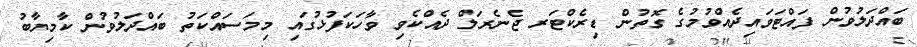
ބައްދަލުވުން ފައްޓަވައިދެއްވުމުގެ ގޮތުން ޑިރެކްޓަރ ޖެނެރަލް ދެއްކެވި ވާހަކަފުޅުގައި މިމަސައްކަތު ބައްދަލުވުން ކާމިޔާބު